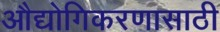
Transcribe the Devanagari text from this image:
औद्योगिकरणासाठी